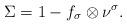
LaTeX: \begin{align*}\Sigma = 1 - f_\sigma \otimes \nu^\sigma.\end{align*}